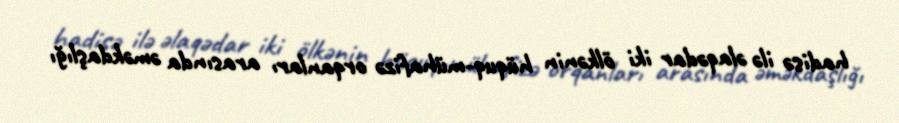
hadisə ilə əlaqədar iki ölkənin hüquq-mühafizə orqanları arasında əməkdaşlığı